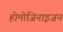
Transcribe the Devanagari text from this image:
होमोजिनाइजन